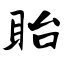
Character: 眙